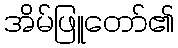
အိမ်ဖြူတော်၏